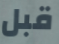
قبل